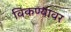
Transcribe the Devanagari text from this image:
विकण्यावर